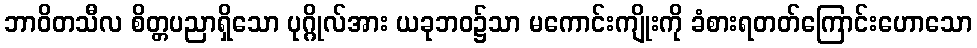
ဘာဝိတသီလ စိတ္တပညာရှိသော ပုဂ္ဂိုလ်အား ယခုဘဝ၌သာ မကောင်းကျိုးကို ခံစားရတတ်ကြောင်းဟောသော